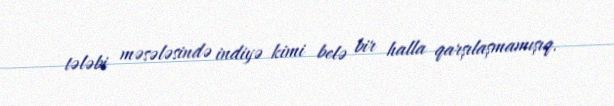
tələbi məsələsində indiyə kimi belə bir halla qarşılaşmamışıq.